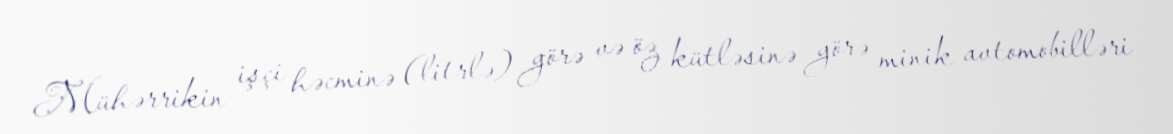
Mühərrikin işçi həcminə (litrlə) görə və öz kütləsinə görə minik avtomobilləri